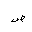
Letter: _dad